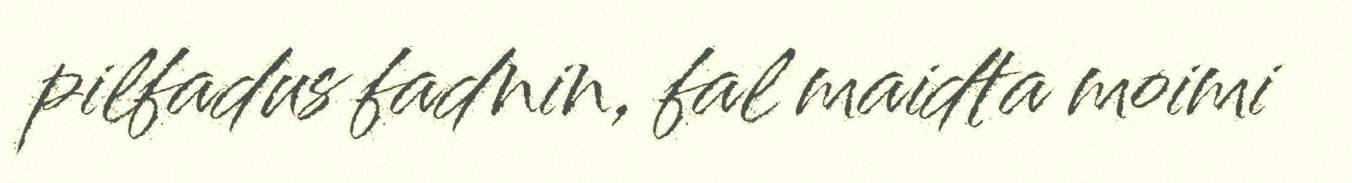
pilfadus fadnin, fal maidta moimi